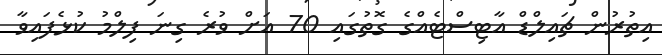
އިތުރުން ޗައިލްޑް އާޓިސްޓެއްގެ ގޮތުގައި 70 އަށް ވުރެ ގިނަ ފިލްމު ކުޅެފައިވާ